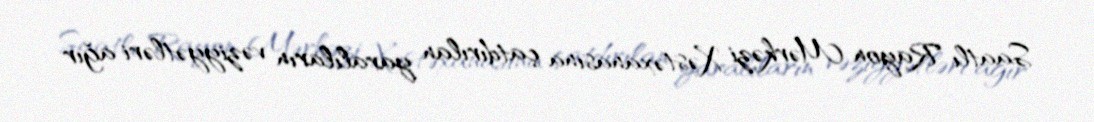
Saatlı Rayon Mərkəzi Xəstəxanasına çatdırılan yaralıların vəziyyətləri ağır